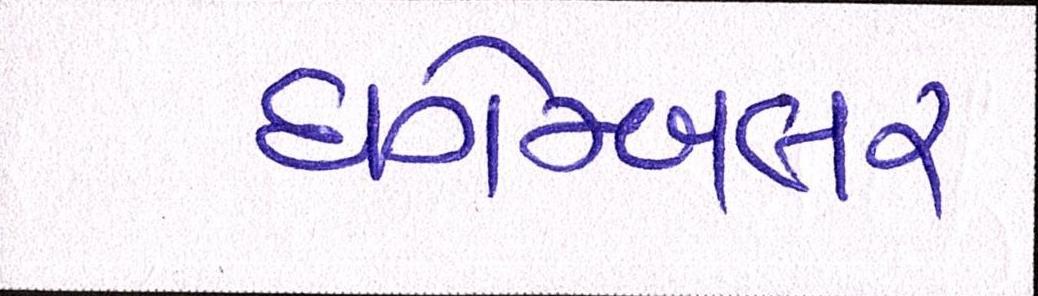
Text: ધગેમ્બલર